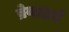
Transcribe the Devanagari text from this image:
ब्रेव्हहार्ट